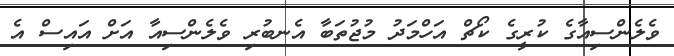
ވެލެންސިއާގެ ކުރީގެ ކޯޗް އަހްމަދު މުޖުތަބާ އެނބުރި ވެލެންސިއާ އަށް އައިސް އެ